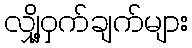
လျှို့ဝှက်ချက်များ